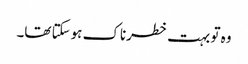
وہ تو بہت خطرناک ہوسکتا تھا۔